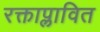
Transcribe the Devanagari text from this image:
रक्ताप्लावित